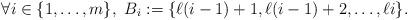
LaTeX: \begin{align*} \forall i \in \{1,\dots, m \}, \ B_i:=\{\ell (i-1)+1,\ell (i-1)+2, \dots, \ell i\}.\end{align*}